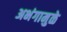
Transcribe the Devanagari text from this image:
अभंगामुळे